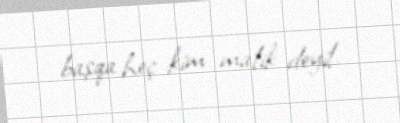
başqa heç kim malik deyil.